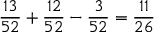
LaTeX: { \frac { 1 3 } { 5 2 } } + { \frac { 1 2 } { 5 2 } } - { \frac { 3 } { 5 2 } } = { \frac { 1 1 } { 2 6 } }